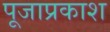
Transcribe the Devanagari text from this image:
पूजाप्रकाश